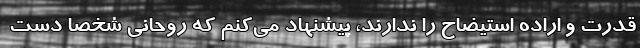
قدرت و اراده استیضاح را ندارند، پیشنهاد می‌کنم که روحانی شخصا دست